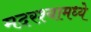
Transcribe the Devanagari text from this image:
मदरश्यामध्ये